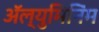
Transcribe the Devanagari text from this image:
ॲल्युमिनिंम